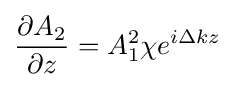
{\frac {\partial A_{2}}{\partial z}}=A_{1}^{2}\chi e^{i\Delta kz}